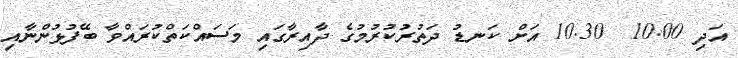
އަދި 10.00  10.30 އަށް ކަނޑު ދަތުރުކުރުމުގެ ދާއިރާގައި މަސައްކަތްކުރައްވާ ބޭފުޅުންނާއި